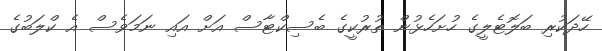
ހޭދަކުރި ބަލޮޓެލީގެ ހުށަހެޅުން ތުރުކީގެ ބެސިކްޓާސް އަށް އައި ނަމަވެސް އެ ކްލަބުގެ